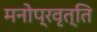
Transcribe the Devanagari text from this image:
मनोप्रवृत्ति